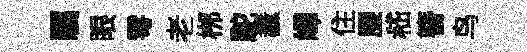
瞩眼雩老桞駝纛嶧住腰嵇簪鸟